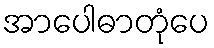
အာပေါဓာတုံပေ